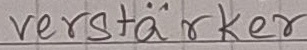
Text: verstärker